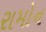
રામોન